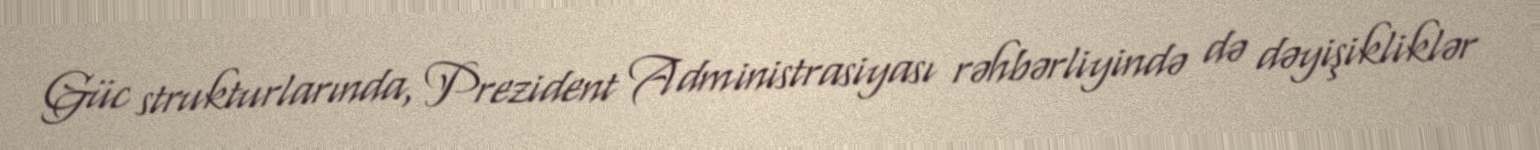
Güc strukturlarında, Prezident Administrasiyası rəhbərliyində də dəyişikliklər